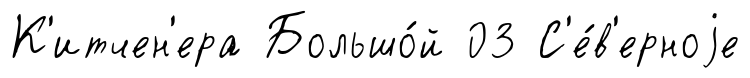
К'итчен'ера Большо́й 03 С'е́в'ерноjе